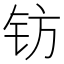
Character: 钫